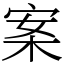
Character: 案